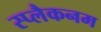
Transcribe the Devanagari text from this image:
स्प्लैकनम